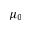
\mu _ { 0 }